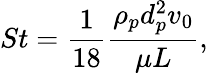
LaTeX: St=\frac{1}{18}\frac{\rho_{p}d_{p}^{2}v_{0}}{\mu L},